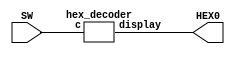

module part3(HEX0, SW);

	input [3:0] SW;
	output [6:0] HEX0;

	hex_decoder instance1 (
	
		.c(SW),
		.display(HEX0)
	
	);

endmodule 

module hex_decoder (c, display);

	input [3:0] c; //4 input bits
	output [6:0] display; //7 outputs
	
	//handle taking in inputs
	
	wire wire0, wire1, wire2, wire3, wire4, wire5, wire6, wire7, wire8, wire9, wireA, wireB, wireC, wireD, wireE, wireF;
	
	assign wire0 = ~c[3]&~c[2]&~c[1]&~c[0];//0000
	assign wire1 = ~c[3]&~c[2]&~c[1]&c[0]; //0001
	assign wire2 = ~c[3]&~c[2]&c[1]&~c[0]; //0010
	assign wire3 = ~c[3]&~c[2]&c[1]&c[0];  //0011    0
	assign wire4 = ~c[3]&c[2]&~c[1]&~c[0]; //0100    _ 
	assign wire5 = ~c[3]&c[2]&~c[1]&c[0];  //0101 5 | |  1
	assign wire6 = ~c[3]&c[2]&c[1]&~c[0];  //0110    - 6
	assign wire7 = ~c[3]&c[2]&c[1]&c[0];	//0111 4 | |  2
	assign wire8 = c[3]&~c[2]&~c[1]&~c[0]; //1000    -
	assign wire9 = c[3]&~c[2]&~c[1]&c[0];	//1001
	assign wireA = c[3]&~c[2]&c[1]&~c[0];	//1010    3
	assign wireB = c[3]&~c[2]&c[1]&c[0];	//1011
	assign wireC = c[3]&c[2]&~c[1]&~c[0];	//1100
	assign wireD = c[3]&c[2]&~c[1]&c[0];	//1101
	assign wireE = c[3]&c[2]&c[1]&~c[0];	//1110
	assign wireF = c[3]&c[2]&c[1]&c[0];		//1111
	
	assign display[0] = ~(wire0||wire2||wire3||wire5||wire6||wire7||wire8||wire9||wireA||wireC||wireE||wireF);
	assign display[1] = ~(wire0||wire1||wire2||wire3||wire4||wire7||wire8||wire9||wireA||wireD);
	assign display[2] = ~(wire0||wire1||wire3||wire4||wire5||wire6||wire7||wire8||wire9||wireA||wireB||wireD);
	assign display[3] = ~(wire0||wire2||wire3||wire5||wire6||wire8||wire9||wireB||wireC||wireD||wireE);
	assign display[4] = ~(wire0||wire2||wire6||wire8||wireA||wireB||wireC||wireD||wireE||wireF);
	assign display[5] = ~(wire0||wire4||wire5||wire6||wire8||wire9||wireA||wireB||wireC||wireE||wireF);
	assign display[6] = ~(wire2||wire3||wire4||wire5||wire6||wire8||wire9||wireA||wireB||wireD||wireE||wireF);
		//anodes display 0 values as positive

endmodule